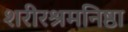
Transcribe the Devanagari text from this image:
शरीरश्रमनिष्ठा